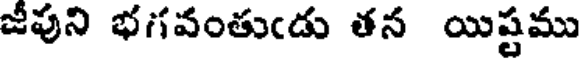
జీపుని భగవంతుఁడు తన యిష్టము